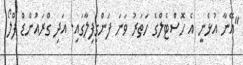
"އޭނާ އުޅެނީ އެ ހޮސްޓެލްގެ ހަތަރު ވަނަ ފަންގިފިލާގައި. އަދި ގްރައުންޑް ފްލޯ